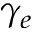
\gamma _ { e }